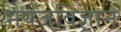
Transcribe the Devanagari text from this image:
भेषजविज्ञान